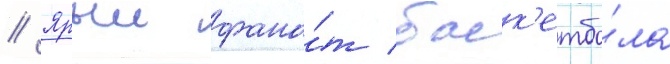
// Ярыи фана́т баск'етбо́ла